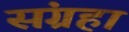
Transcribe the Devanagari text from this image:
संग्रहा